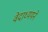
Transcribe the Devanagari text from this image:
वेदाध्ययने